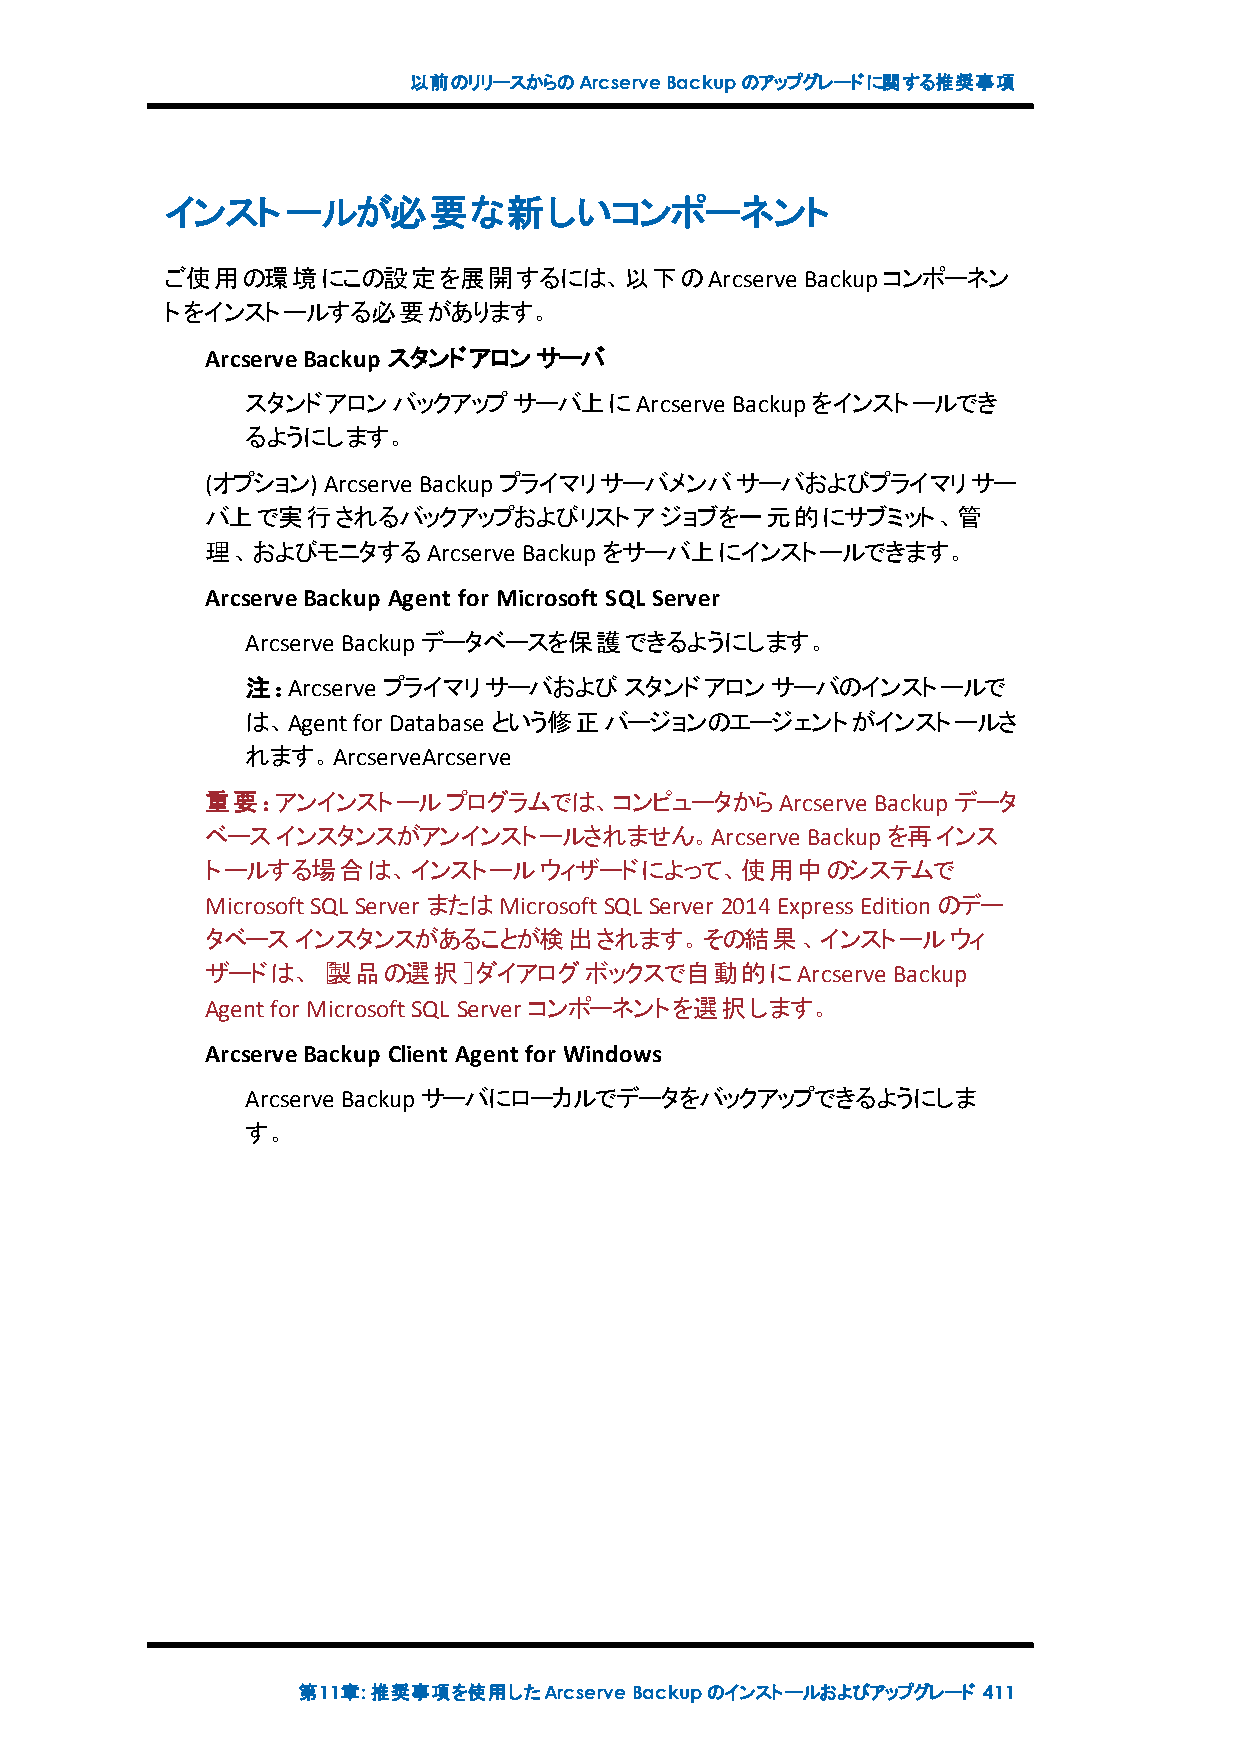
以前のリリースからのArcserveBackupのアップグレードに関する推奨事項
 インストールが必要な新しいコンポーネント
 ご使用の環境にこの設定を展開するには、以下のArcserve            Backupコンポーネン
 トをインストールする必要があります。
 ArcserveBackup スタンドアロンサーバ
 スタンドアロンバックアップサーバ上にArcserve      Backupをインストールでき
 るようにします。
 (オプション) Arcserve Backupプライマリサーバメンバサーバおよびプライマリサー
 バ上で実行されるバックアップおよびリストアジョブを一元的にサブミット、管
 理、およびモニタするArcserve   Backupをサーバ上にインストールできます。
 ArcserveBackup Agent for Microsoft SQL Server
 Arcserve Backupデータベースを保護できるようにします。
 注：Arcserve プライマリサーバおよびスタンドアロンサーバのインストールで
 は、Agentfor Database という修正バージョンのエージェントがインストールさ
 れます。ArcserveArcserve
 重要：アンインストールプログラムでは、コンピュータからArcserve         Backupデータ
 ベースインスタンスがアンインストールされません。Arcserve       Backupを再インス
 トールする場合は、インストールウィザードによって、使用中のシステムで
 MicrosoftSQL Server またはMicrosoftSQL Server 2014ExpressEditionのデー
 タベースインスタンスがあることが検出されます。その結果、インストールウィ
 ザードは、［製品の選択］ダイアログボックスで自動的にArcserve           Backup
 Agentfor MicrosoftSQL Server コンポーネントを選択します。
 ArcserveBackup Client Agent for Windows
 Arcserve Backupサーバにローカルでデータをバックアップできるようにしま
 す。
 第11章:推奨事項を使用したArcserveBackupのインストールおよびアップグレード 411